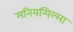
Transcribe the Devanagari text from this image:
मनियन्पिल्ला